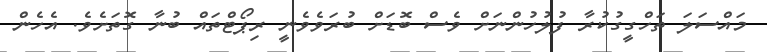
މައްސަލަ ތަހްގީގުކުރާ ފުލުހުންނަށް ވެސް ބޮޑަށް ބުރަވެވެނީ ރިޕޯޓްތައް ބުނާ ގޮތަށެވެ. އެހެން